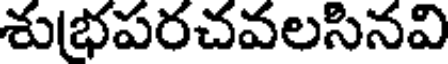
శుభపరచవలసినవి